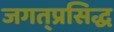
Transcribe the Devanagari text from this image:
जगत्‌प्रसिद्ध